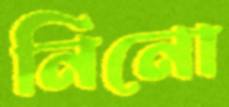
নিনো